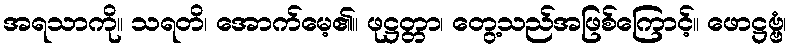
အရသာကို။ သရတိ၊ အောက်မေ့၏။ ဖုဋ္ဌတ္တာ၊ တွေ့သည်အဖြစ်ကြောင့်။ ဖောဋ္ဌဗ္ဗံ၊